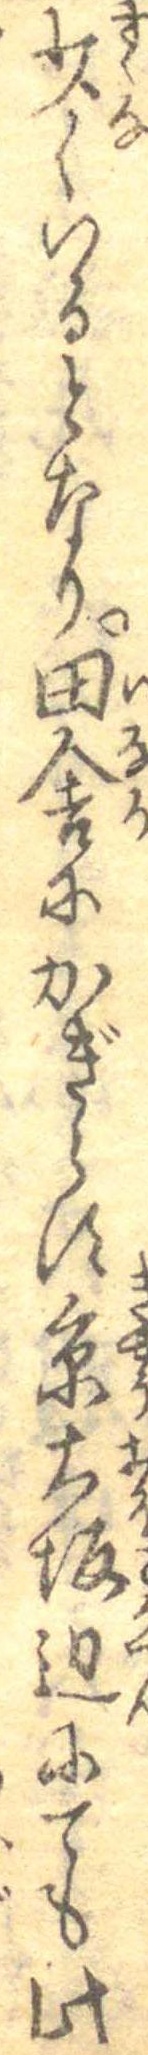
少くいるとなり田舎にかぎらす京大坂辺にても此